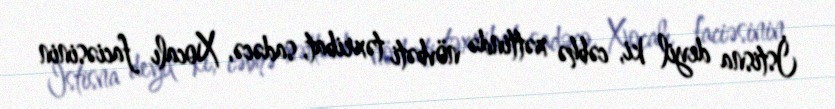
İstisna deyil ki, cəbhə xəttində növbəti təxribat, sadəcə, Xocalı faciəsinin